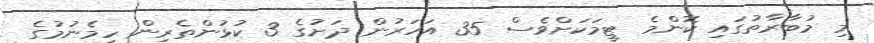
މި މުބާރާތުގައި ކޮންމެ ޓީމަކަށްވެސް 35 އަހަރުން ދަށުގެ 3 ކުޅުންތެރިން ހިމެނުމުގެ